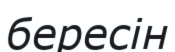
бересін